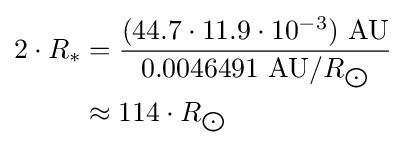
{\begin{aligned}2\cdot R_{*}&={\frac {(44.7\cdot 11.9\cdot 10^{-3})\ {\text{AU}}}{0.0046491\ {\text{AU}}/R_{\bigodot }}}\\&\approx 114\cdot R_{\bigodot }\end{aligned}}